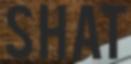
SHAT